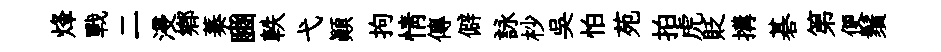
烽戰二浸鄕蓁豳軼弋顚拘情傳僻詠杪吳怕苑拍虎貶搆碁第便鬚